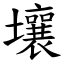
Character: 壤